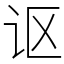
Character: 讴